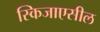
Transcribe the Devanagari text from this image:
स्किजाएसील